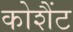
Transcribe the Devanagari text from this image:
कोशैंट